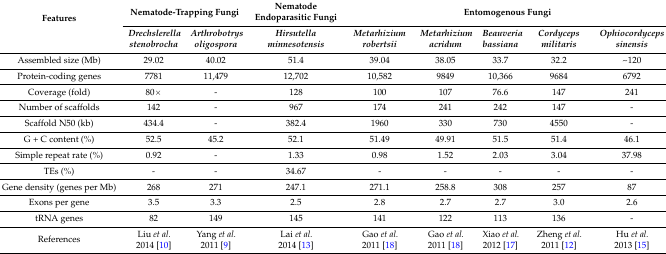
| <ROWSPAN=2> Features | <COLSPAN=2> Nematode-Trapping Fungi | Nematode Endoparasitic Fungi | <COLSPAN=5> Entomogenous Fungi |
 | Drechslerella stenobrocha | Arthrobotrys oligospora | Hirsutella minnesotensis | Metarhizium robertsii | Metarhizium acridum | Beauveria bassiana | Cordyceps militaris | Ophiocordyceps sinensis |
 | --- | --- | --- | --- | --- | --- | --- | --- | --- |
 | Assembled size (Mb) | 29.02 | 40.02 | 51.4 | 39.04 | 38.05 | 33.7 | 32.2 | ~120 |
 | Protein-coding genes | 7781 | 11,479 | 12,702 | 10,582 | 9849 | 10,366 | 9684 | 6792 |
 | Coverage (fold) | 80× | - | 128 | 100 | 107 | 76.6 | 147 | 241 |
 | Number of scaffolds | 142 | - | 967 | 174 | 241 | 242 | 147 | - |
 | Scaffold N50 (kb) | 434.4 | - | 382.4 | 1960 | 330 | 730 | 4550 | - |
 | G + C content (%) | 52.5 | 45.2 | 52.1 | 51.49 | 49.91 | 51.5 | 51.4 | 46.1 |
 | Simple repeat rate (%) | 0.92 | - | 1.33 | 0.98 | 1.52 | 2.03 | 3.04 | 37.98 |
 | TEs (%) | - | - | 34.67 | - | - | - | - | - |
 | Gene density (genes per Mb) | 268 | 271 | 247.1 | 271.1 | 258.8 | 308 | 257 | 87 |
 | Exons per gene | 3.5 | 3.3 | 2.5 | 2.8 | 2.7 | 2.7 | 3.0 | 2.6 |
 | tRNA genes | 82 | 149 | 145 | 141 | 122 | 113 | 136 | - |
 | References | Liu et al. 2014 [10] | Yang et al. 2011 [9] | Lai et al. 2014 [13] | Gao et al. 2011 [18] | Gao et al. 2011 [18] | Xiao et al. 2012 [17] | Zheng et al. 2011 [12] | Hu et al. 2013 [15] |